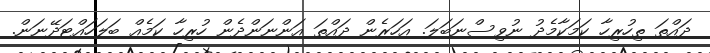
ދައްތަ ތިހުރިހާ ކަމަކާމެދު ނުވިސްނަބަލަ. އަހަރެން ދައްތަ އަންނަންދެން ހުރިހާ ކަމެއް ބަލަހައްޓަދޭނަން.